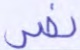
نصر